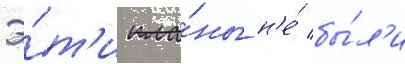
Э́т'и пла́ны н'е́ бы́л'и